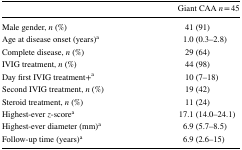
<table><thead><tr><td></td><td><b>Giant CAA <i>n</i> = 45</b></td></tr></thead><tbody><tr><td>Male gender, <i>n</i> (%)</td><td>41 (91)</td></tr><tr><td>Age at disease onset (years)<sup>a</sup></td><td>1.0 (0.3–2.8)</td></tr><tr><td>Complete disease, <i>n</i> (%)</td><td>29 (64)</td></tr><tr><td>IVIG treatment, <i>n</i> (%)</td><td>44 (98)</td></tr><tr><td>Day first IVIG treatment+<sup>a</sup></td><td>10 (7–18)</td></tr><tr><td>Second IVIG treatment, <i>n</i> (%)</td><td>19 (42)</td></tr><tr><td>Steroid treatment, <i>n</i> (%)</td><td>11 (24)</td></tr><tr><td>Highest-ever <i>z</i>-score<sup>a</sup></td><td>17.1 (14.0–24.1)</td></tr><tr><td>Highest-ever diameter (mm)<sup>a</sup></td><td>6.9 (5.7–8.5)</td></tr><tr><td>Follow-up time (years)<sup>a</sup></td><td>6.9 (2.6–15)</td></tr></tbody></table>